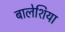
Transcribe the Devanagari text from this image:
बालेशिया